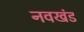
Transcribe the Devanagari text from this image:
नवखंड